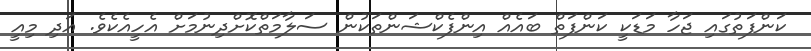
ކަންފަތުގައި ޖަހާ މަޑަކީ ކަންފަތް ބައެއް އިންފެކްޝަންތަކުން ސަލާމަތްކޮށްދިނުމަށް އެހީއެކެވެ. އަދި މިއީ